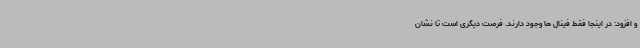
و افزود: در اینجا فقط فینال ها وجود دارند. فرصت دیگری است تا نشان